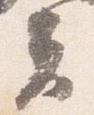
夫